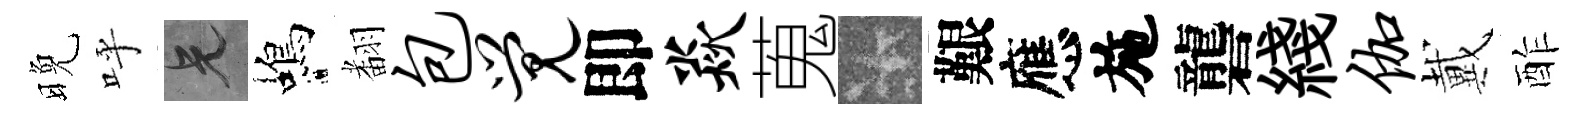
晚呼兄蝎𮋒包觉即焱蒐卡艱應施礱綫伽戴酢